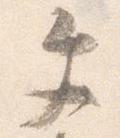
文